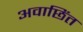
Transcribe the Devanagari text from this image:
अवाछिंत